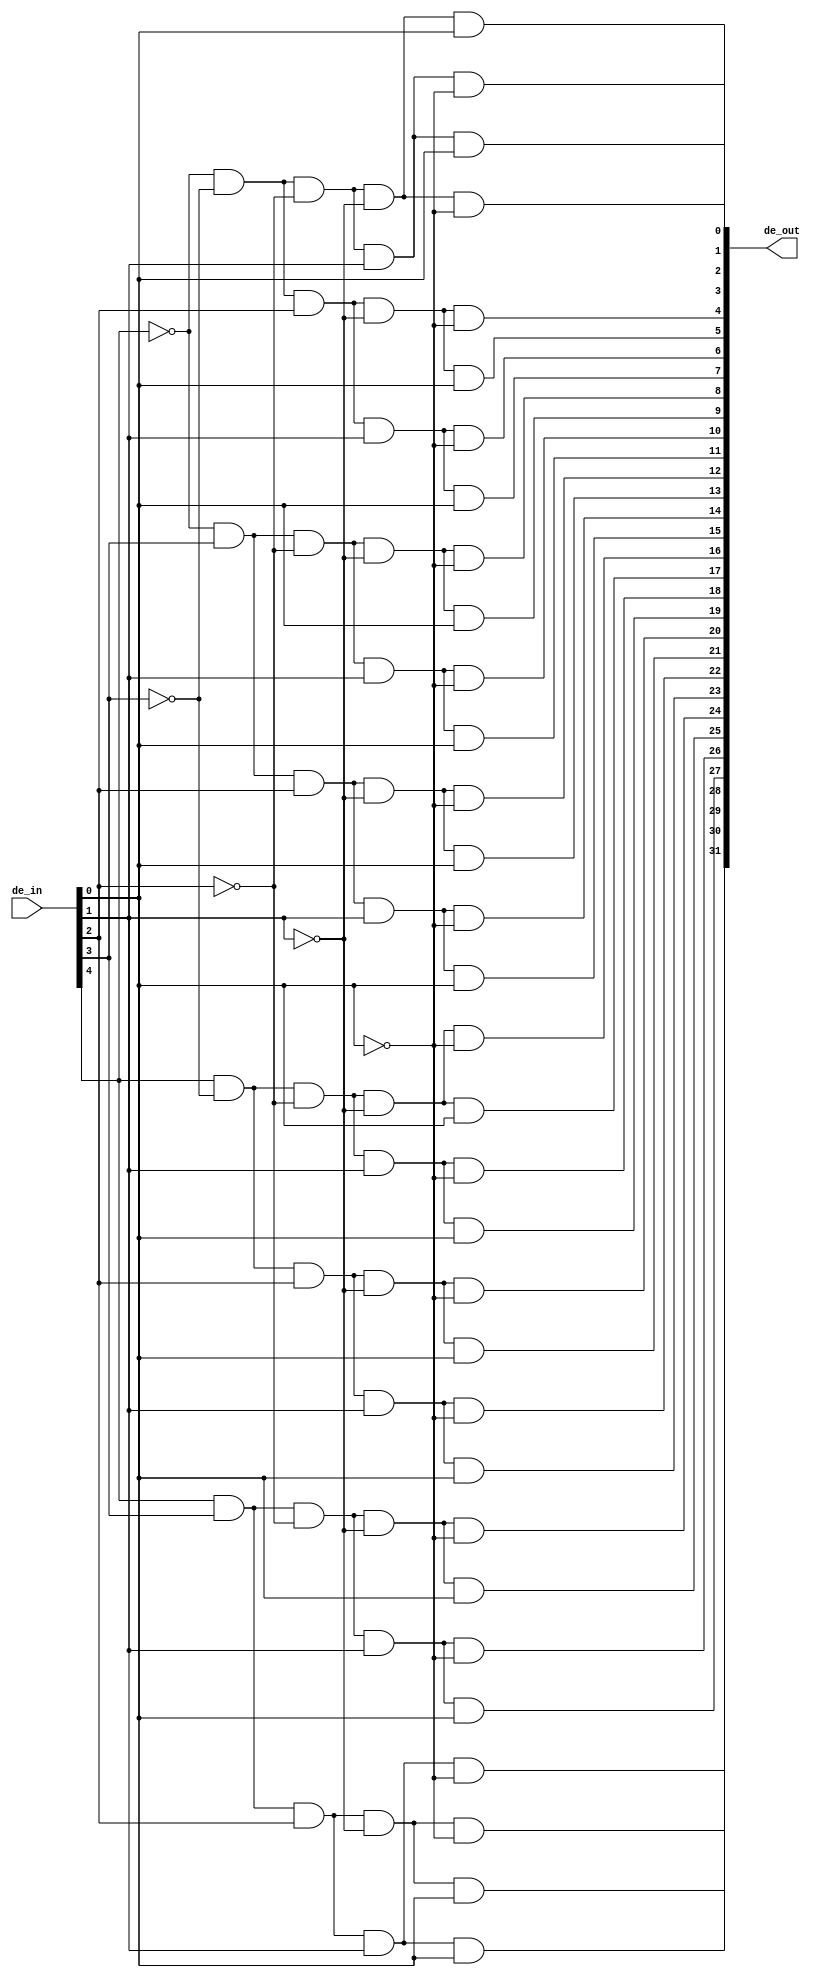
module decoder(de_in, de_out);
	input [4:0] de_in;
	output [31:0] de_out;
	
	wire [4:0] nde_in;
	
	not(nde_in[0],de_in[0]);
	not(nde_in[1],de_in[1]);
	not(nde_in[2],de_in[2]);
	not(nde_in[3],de_in[3]);
	not(nde_in[4],de_in[4]);
	
	and my_and0(de_out[0], nde_in[4], nde_in[3], nde_in[2], nde_in[1], nde_in[0]);
	and my_and1(de_out[1], nde_in[4], nde_in[3], nde_in[2], nde_in[1], de_in[0]);
	and my_and2(de_out[2], nde_in[4], nde_in[3], nde_in[2], de_in[1], nde_in[0]);
	and my_and3(de_out[3], nde_in[4], nde_in[3], nde_in[2], de_in[1], de_in[0]);
	and my_and4(de_out[4], nde_in[4], nde_in[3], de_in[2], nde_in[1], nde_in[0]);
	and my_and5(de_out[5], nde_in[4], nde_in[3], de_in[2], nde_in[1], de_in[0]);
	and my_and6(de_out[6], nde_in[4], nde_in[3], de_in[2], de_in[1], nde_in[0]);
	and my_and7(de_out[7], nde_in[4], nde_in[3], de_in[2], de_in[1], de_in[0]);
	
	and my_and8(de_out[8], nde_in[4], de_in[3], nde_in[2], nde_in[1], nde_in[0]);
	and my_and9(de_out[9], nde_in[4], de_in[3], nde_in[2], nde_in[1], de_in[0]);
	and my_and10(de_out[10], nde_in[4], de_in[3], nde_in[2], de_in[1], nde_in[0]);
	and my_and11(de_out[11], nde_in[4], de_in[3], nde_in[2], de_in[1], de_in[0]);
	and my_and12(de_out[12], nde_in[4], de_in[3], de_in[2], nde_in[1], nde_in[0]);
	and my_and13(de_out[13], nde_in[4], de_in[3], de_in[2], nde_in[1], de_in[0]);
	and my_and14(de_out[14], nde_in[4], de_in[3], de_in[2], de_in[1], nde_in[0]);
	and my_and15(de_out[15], nde_in[4], de_in[3], de_in[2], de_in[1], de_in[0]);
	
	and my_and16(de_out[16], de_in[4], nde_in[3], nde_in[2], nde_in[1], nde_in[0]);
	and my_and17(de_out[17], de_in[4], nde_in[3], nde_in[2], nde_in[1], de_in[0]);
	and my_and18(de_out[18], de_in[4], nde_in[3], nde_in[2], de_in[1], nde_in[0]);
	and my_and19(de_out[19], de_in[4], nde_in[3], nde_in[2], de_in[1], de_in[0]);
	and my_and20(de_out[20], de_in[4], nde_in[3], de_in[2], nde_in[1], nde_in[0]);
	and my_and21(de_out[21], de_in[4], nde_in[3], de_in[2], nde_in[1], de_in[0]);
	and my_and22(de_out[22], de_in[4], nde_in[3], de_in[2], de_in[1], nde_in[0]);
	and my_and23(de_out[23], de_in[4], nde_in[3], de_in[2], de_in[1], de_in[0]);
	
	and my_and24(de_out[24], de_in[4], de_in[3], nde_in[2], nde_in[1], nde_in[0]);
	and my_and25(de_out[25], de_in[4], de_in[3], nde_in[2], nde_in[1], de_in[0]);
	and my_and26(de_out[26], de_in[4], de_in[3], nde_in[2], de_in[1], nde_in[0]);
	and my_and27(de_out[27], de_in[4], de_in[3], nde_in[2], de_in[1], de_in[0]);
	and my_and28(de_out[28], de_in[4], de_in[3], de_in[2], nde_in[1], nde_in[0]);
	and my_and29(de_out[29], de_in[4], de_in[3], de_in[2], nde_in[1], de_in[0]);
	and my_and30(de_out[30], de_in[4], de_in[3], de_in[2], de_in[1], nde_in[0]);
	and my_and31(de_out[31], de_in[4], de_in[3], de_in[2], de_in[1], de_in[0]);
	
endmodule